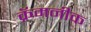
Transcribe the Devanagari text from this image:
क्रॅमनीक